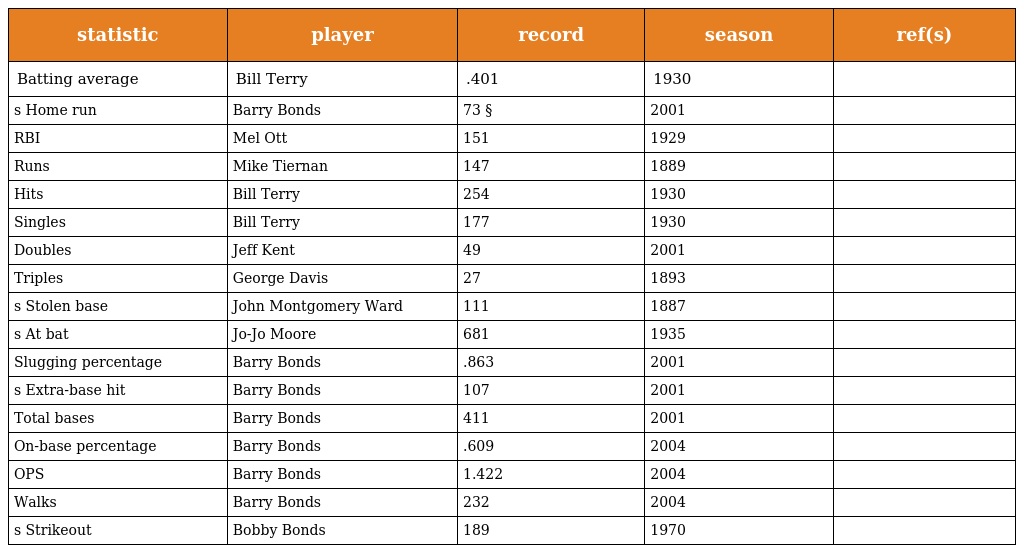
| statistic | player | record | season | ref(s) |
 | --- | --- | --- | --- | --- |
 | Batting average | Bill Terry | .401 | 1930 |  |
 | s Home run | Barry Bonds | 73 § | 2001 |  |
 | RBI | Mel Ott | 151 | 1929 |  |
 | Runs | Mike Tiernan | 147 | 1889 |  |
 | Hits | Bill Terry | 254 | 1930 |  |
 | Singles | Bill Terry | 177 | 1930 |  |
 | Doubles | Jeff Kent | 49 | 2001 |  |
 | Triples | George Davis | 27 | 1893 |  |
 | s Stolen base | John Montgomery Ward | 111 | 1887 |  |
 | s At bat | Jo-Jo Moore | 681 | 1935 |  |
 | Slugging percentage | Barry Bonds | .863 | 2001 |  |
 | s Extra-base hit | Barry Bonds | 107 | 2001 |  |
 | Total bases | Barry Bonds | 411 | 2001 |  |
 | On-base percentage | Barry Bonds | .609 | 2004 |  |
 | OPS | Barry Bonds | 1.422 | 2004 |  |
 | Walks | Barry Bonds | 232 | 2004 |  |
 | s Strikeout | Bobby Bonds | 189 | 1970 |  |